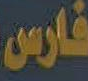
فارس